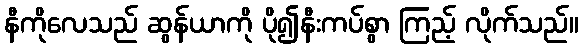
နီကိုလေသည် ဆွန်ယာကို ပို၍နီးကပ်စွာ ကြည့် လိုက်သည်။